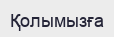
Қолымызға